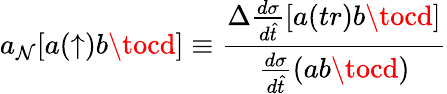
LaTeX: a_{\mathcal{N}}[a(\uparrow)b\tocd]\equiv{\frac{{\Delta{\frac{{d\sigma}}{{d\hat{{t}}}}}[a(tr)b\tocd]}}{{{\frac{{d\sigma}}{{d\hat{{t}}}}}(ab\tocd)}}}